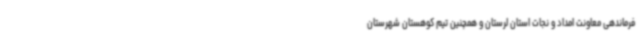
فرماندهی معاونت امداد و نجات استان لرستان و همچنین تیم کوهستان شهرستان